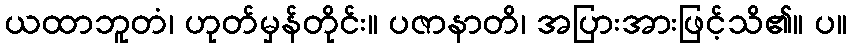
ယထာဘူတံ၊ ဟုတ်မှန်တိုင်း။ ပဇာနာတိ၊ အပြားအားဖြင့်သိ၏။ ပ။